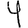
Digit: 4